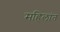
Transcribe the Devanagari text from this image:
महिलांत